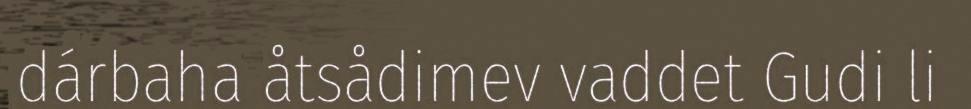
dárbaha åtsådimev vaddet Gudi li